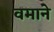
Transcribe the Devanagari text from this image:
वमाने